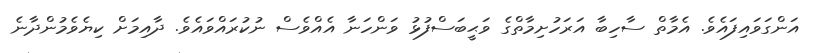
އަންގަވައިފައެވެ. އެމާތް ސާހިބާ އަރަހުށިމާތްގެ ވަޙީބަސްފުޅު ވަންހަނާ އެއްވެސް ނުކުރައްވައެވެ. ދާއިމަށް ކިޔެވެމުންދާނެ